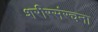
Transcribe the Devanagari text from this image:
शरीरसंरचना